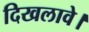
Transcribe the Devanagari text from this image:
दिखलावे।